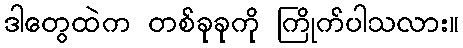
ဒါတွေထဲက တစ်ခုခုကို ကြိုက်ပါသလား။